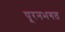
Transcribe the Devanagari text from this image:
पूरनभगत